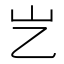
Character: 𡴯